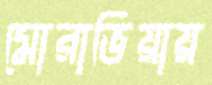
মোরাভিয়ায়